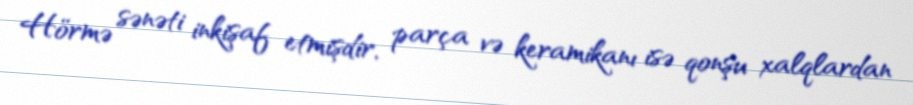
Hörmə sənəti inkişaf etmişdir, parça və keramikanı isə qonşu xalqlardan